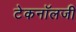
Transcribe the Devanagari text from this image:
टेकनॉलजी